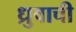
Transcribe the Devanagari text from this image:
ध्रुवाची